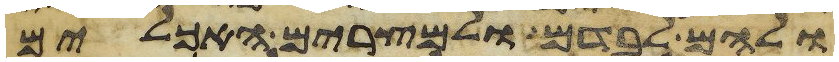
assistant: ולהם לבדם ולמצרים האכלים